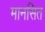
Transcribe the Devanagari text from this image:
मानसित